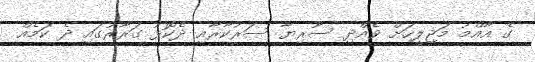
ގެ އާއްމު މަޖިލީހަށް ވެއްދި ސޫރިޔާ ސަރުކާރާއި ދެކޮޅު ގަރާރުގައި ދެ ކަމެއް